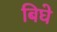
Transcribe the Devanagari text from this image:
बिघे